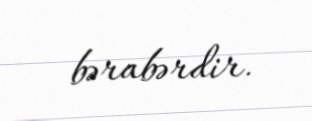
bərabərdir.